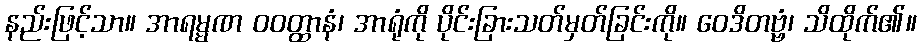
နည်းဖြင့်သာ။ အာရမ္မဏ ဝဝတ္ထာနံ၊ အာရုံကို ပိုင်းခြားသတ်မှတ်ခြင်းကို။ ဝေဒိတဗ္ဗံ၊ သိထိုက်၏။